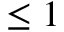
\leq 1